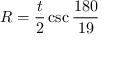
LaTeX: R = { \frac { t } { 2 } } \csc { \frac { 1 8 0 } { 1 9 } }